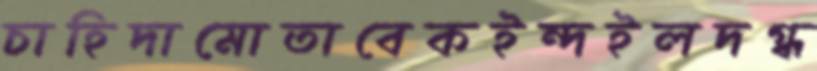
চাহিদামোতাবেকইন্দইলদগ্ধ